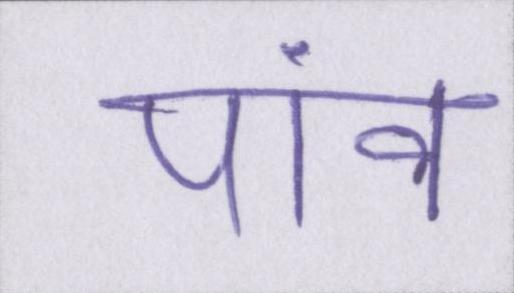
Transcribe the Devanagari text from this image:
पांव